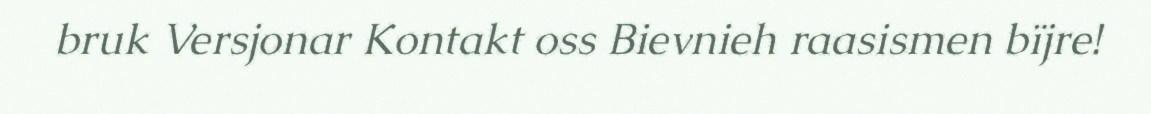
bruk Versjonar Kontakt oss Bievnieh raasismen bïjre!